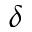
\delta